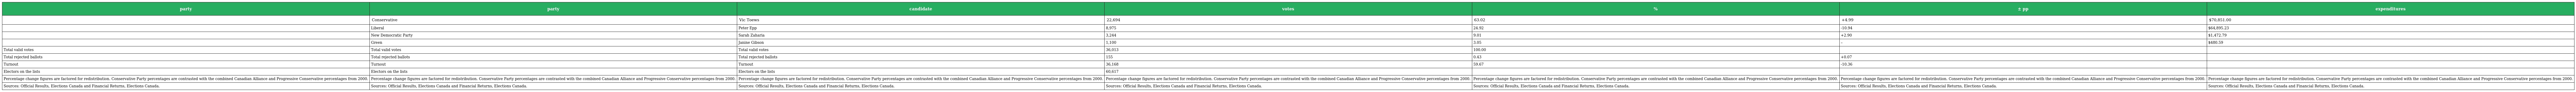
| party | party | candidate | votes | % | ± pp | expenditures |
 | --- | --- | --- | --- | --- | --- | --- |
 |  | Conservative | Vic Toews | 22,694 | 63.02 | +4.99 | $70,851.00 |
 |  | Liberal | Peter Epp | 8,975 | 24.92 | -10.94 | $64,895.23 |
 |  | New Democratic Party | Sarah Zaharia | 3,244 | 9.01 | +2.90 | $1,472.79 |
 |  | Green | Janine Gibson | 1,100 | 3.05 | – | $480.59 |
 | Total valid votes | Total valid votes | Total valid votes | 36,013 | 100.00 |  |  |
 | Total rejected ballots | Total rejected ballots | Total rejected ballots | 155 | 0.43 | +0.07 |  |
 | Turnout | Turnout | Turnout | 36,168 | 59.67 | -10.36 |  |
 | Electors on the lists | Electors on the lists | Electors on the lists | 60,617 |  |  |  |
 | Percentage change figures are factored for redistribution. Conservative Party percentages are contrasted with the combined Canadian Alliance and Progressive Conservative percentages from 2000. | Percentage change figures are factored for redistribution. Conservative Party percentages are contrasted with the combined Canadian Alliance and Progressive Conservative percentages from 2000. | Percentage change figures are factored for redistribution. Conservative Party percentages are contrasted with the combined Canadian Alliance and Progressive Conservative percentages from 2000. | Percentage change figures are factored for redistribution. Conservative Party percentages are contrasted with the combined Canadian Alliance and Progressive Conservative percentages from 2000. | Percentage change figures are factored for redistribution. Conservative Party percentages are contrasted with the combined Canadian Alliance and Progressive Conservative percentages from 2000. | Percentage change figures are factored for redistribution. Conservative Party percentages are contrasted with the combined Canadian Alliance and Progressive Conservative percentages from 2000. | Percentage change figures are factored for redistribution. Conservative Party percentages are contrasted with the combined Canadian Alliance and Progressive Conservative percentages from 2000. |
 | Sources: Official Results, Elections Canada and Financial Returns, Elections Canada. | Sources: Official Results, Elections Canada and Financial Returns, Elections Canada. | Sources: Official Results, Elections Canada and Financial Returns, Elections Canada. | Sources: Official Results, Elections Canada and Financial Returns, Elections Canada. | Sources: Official Results, Elections Canada and Financial Returns, Elections Canada. | Sources: Official Results, Elections Canada and Financial Returns, Elections Canada. | Sources: Official Results, Elections Canada and Financial Returns, Elections Canada. |